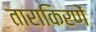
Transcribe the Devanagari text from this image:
ताराकिरणें